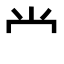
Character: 龸